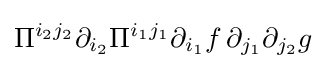
\Pi ^{i_{2}j_{2}}\partial _{i_{2}}\Pi ^{i_{1}j_{1}}\partial _{i_{1}}f\,\partial _{j_{1}}\partial _{j_{2}}g